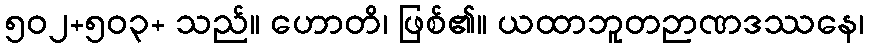
၅၀၂+၅၀၃+ သည်။ ဟောတိ၊ ဖြစ်၏။ ယထာဘူတဉာဏဒဿနေ၊